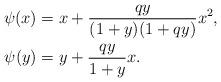
LaTeX: \begin{align*}\psi(x) &= x + \frac{qy}{(1+y)(1+qy)}x^2,\\\psi(y) &= y + \frac{qy}{1+y}x.\end{align*}